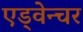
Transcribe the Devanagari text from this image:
एड्वेन्चर